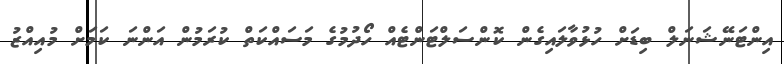
އިންޓަނޭޝަނަލް ބިޑަށް ހުޅުވާލައިގެން ކޮންސަލްޓަންޓެއް ހޯދުމުގެ މަސައްކަތް ކުރަމުން އަންނަ ކަމަށް މުއިއްޒު